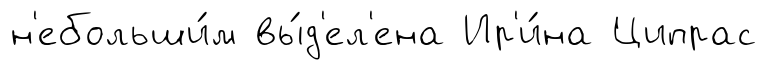
н'ебольши́м вы́д'ел'ена Ир'и́на Ципрас